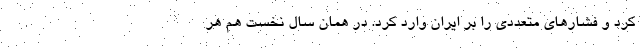
كرد و فشارهاي متعددي را بر ايران وارد كرد. در همان سال نخست هم هر